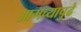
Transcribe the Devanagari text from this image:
आमच्यापुढे